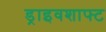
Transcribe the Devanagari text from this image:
ड्राइवशाफ्ट